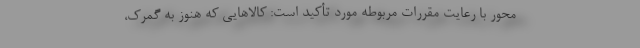
محور با رعایت مقررات مربوطه مورد تأکید است: کالاهایی که هنوز به گمرک،